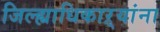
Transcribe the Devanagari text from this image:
जिल्ह्याधिकाऱ्यांना